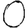
Digit: 0